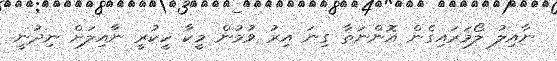
ނާއިލު ލޯމަރައިގެން އޮންނަތާ ގިނަ އިރު ވުމުން މީކާ ހީކުރީ ނާއިލަށް ނިދުނީ